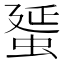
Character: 蜑